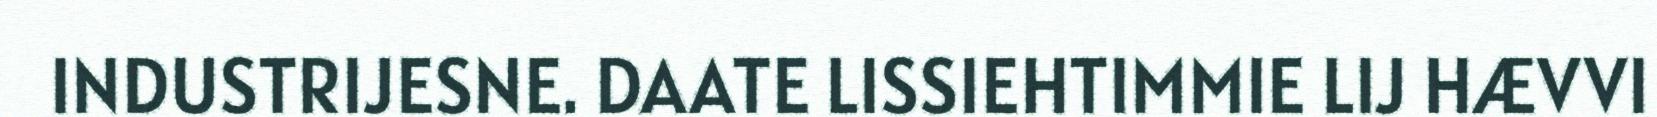
INDUSTRIJESNE. DAATE LISSIEHTIMMIE LIJ HÆVVI